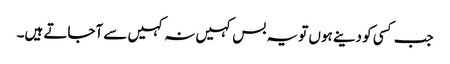
جب کسی کو دینے ہوں تو یہ بس کہیں نہ کہیں سے آجاتے ہیں۔